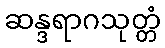
ဆန္ဒရာဂသုတ္တံ